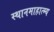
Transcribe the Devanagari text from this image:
स्थानमाहात्म्य